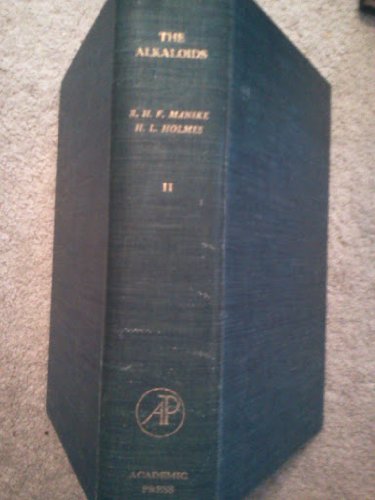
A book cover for The Alkaloids Chemistry and Physiology Vol 2; Science & Math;